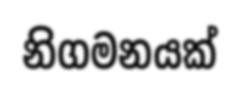
නිගමනයක්